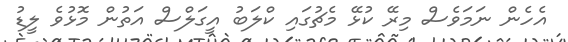
އެހެން ނަމަވެސް މިރޭ ކުޅޭ މެޗުގައި ކްލަބު އީގަލްސް އަތުން މޮޅުވެ ލީޑު